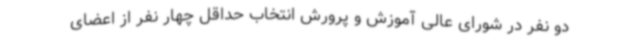
دو نفر در شورای عالی آموزش و پرورش انتخاب حداقل چهار نفر از اعضای